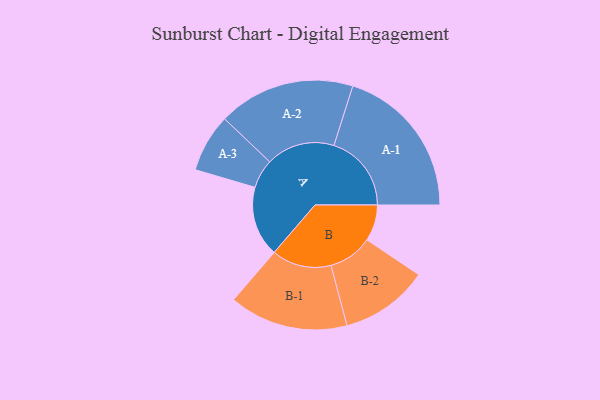
{"axis": {"x": "Segment", "y": "Value"}, "legend": ["", "A", "B"], "data": [{"x": "A", "y": 266, "type": ""}, {"x": "B", "y": 137, "type": ""}, {"x": "A-1", "y": 293, "type": "A"}, {"x": "A-2", "y": 259, "type": "A"}, {"x": "A-3", "y": 110, "type": "A"}, {"x": "B-1", "y": 225, "type": "B"}, {"x": "B-2", "y": 167, "type": "B"}]}